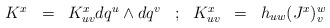
\begin{align*}\begin{array}{ccccccc}K^x& = &K^x_{u v} d q^u \wedge d q^v & ; & K^x_{uv} &=& h_{uw}(J^x)^w_v \cr\end{array}\end{align*}